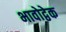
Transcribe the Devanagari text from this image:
भावोद्वेक